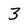
Character: 3